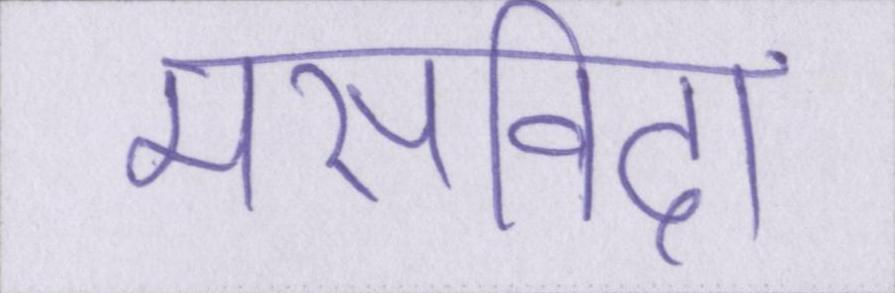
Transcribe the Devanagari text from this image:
मसविदा